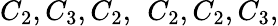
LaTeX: C_{2},C_{3},C_{2},\ \, C_{2},C_{2},C_{3},